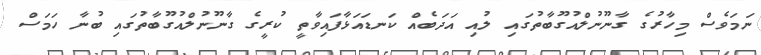
ނަމަވެސް މިހާރުގެ ގާނޫނުލްއުގޫބާތުގައި ލުއި އަދަބެއް ކަނޑައަޅާފައިވާތީ ކުރީގެ ގާނޫނުލްއުގޫބާތުގައި ބުނާ ހަމަސް